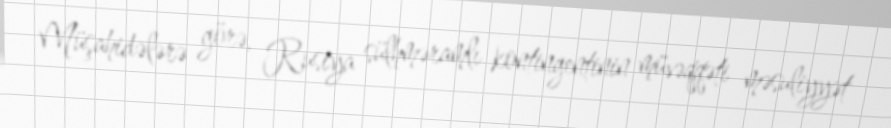
Müşahidələrə görə, Rusiya sülhməramlı kontingentinin müvəqqəti məsuliyyət